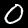
Digit: 0